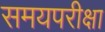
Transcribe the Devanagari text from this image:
समयपरीक्षा